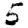
Digit: 5